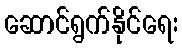
ဆောင်ရွက်နိုင်ရေး